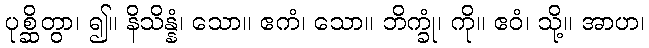
ပုစ္ဆိတွာ၊ ၍။ နိသိန္နံ၊ သော။ ဧကံ၊ သော။ ဘိက္ခုံ၊ ကို။ ဧဝံ၊ သို့။ အာဟ၊